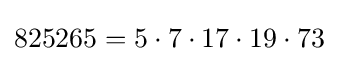
825265=5\cdot 7\cdot 17\cdot 19\cdot 73